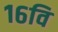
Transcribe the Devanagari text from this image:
१६वि